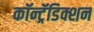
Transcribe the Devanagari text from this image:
कॉन्ट्रॅडिक्शन